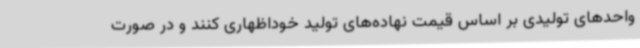
واحدهای تولیدی بر اساس قیمت نهاده‌های تولید خوداظهاری کنند و در صورت